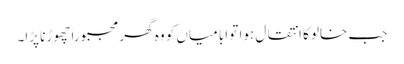
جب خالو کا انتقال ہوا تو ابا میاں کو وہ گھر مجبوراً چھوڑنا پڑا۔